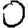
Digit: 0